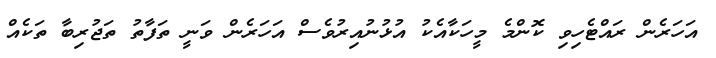
އަހަރެން ރައްޓެހިވި ކޮންމެ މީހަކާއެކު އުޅުނުއިރުވެސް އަހަރެން ވަނީ ތަފާތު ތަޖުރިބާ ތަކެއް